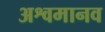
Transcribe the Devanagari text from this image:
अश्वमानव